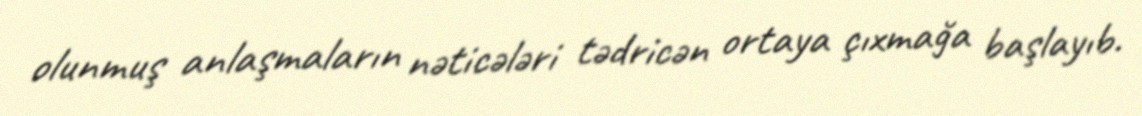
olunmuş anlaşmaların nəticələri tədricən ortaya çıxmağa başlayıb.